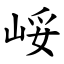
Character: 㟎